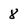
Character: 8